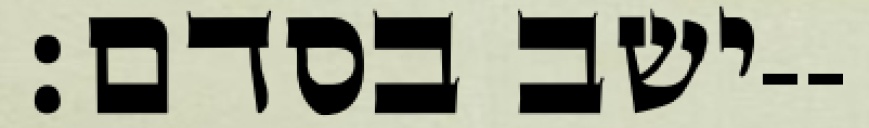
ישב בסדם׃--